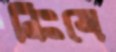
নিঃত্রে